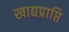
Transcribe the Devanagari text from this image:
खाद्यप्राप्ति